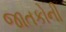
જાતકોની